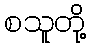
စသူတို့